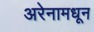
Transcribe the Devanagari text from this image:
अरेनामधून